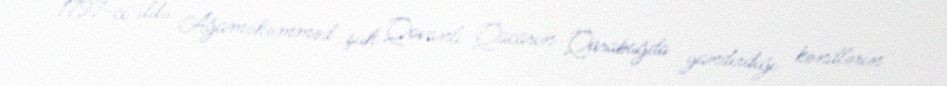
1797-ci ildə Ağaməhəmməd şah Qovanlı-Qacarın Qarabağda yandırdığı kəndlərin